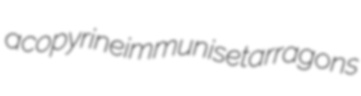
acopyrine immunise tarragons